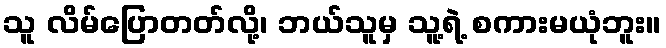
သူ လိမ်ပြောတတ်လို့၊ ဘယ်သူမှ သူ့ရဲ့ စကားမယုံဘူး။